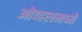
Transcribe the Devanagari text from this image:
ओव्हलमध्ये